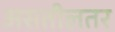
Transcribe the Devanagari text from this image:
असतीलतर